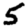
Digit: 5